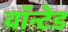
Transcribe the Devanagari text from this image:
वाॅन्टेड